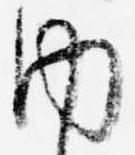
内